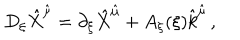
D _ { \xi } \hat { X } ^ { \hat { \mu } } = \partial _ { \xi } \hat { X } ^ { \hat { \mu } } + A _ { \xi } ( \xi ) \hat { k } ^ { \hat { \mu } } \, ,